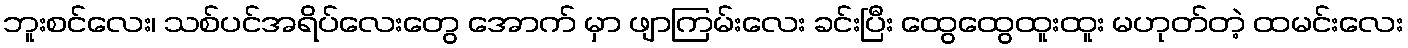
ဘူးစင်လေး၊ သစ်ပင်အရိပ်လေးတွေ အောက် မှာ ဖျာကြမ်းလေး ခင်းပြီး ထွေထွေထူးထူး မဟုတ်တဲ့ ထမင်းလေး